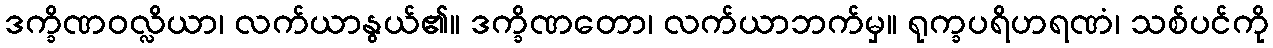
ဒက္ခိဏဝလ္လိယာ၊ လက်ယာနွယ်၏။ ဒက္ခိဏတော၊ လက်ယာဘက်မှ။ ရုက္ခပရိဟရဏံ၊ သစ်ပင်ကို